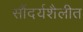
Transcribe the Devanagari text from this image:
सौंदर्यशैलीत